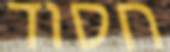
חסוד